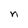
Character: n